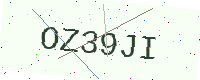
Text: OZ39JI